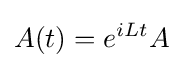
A(t)=e^{iLt}A